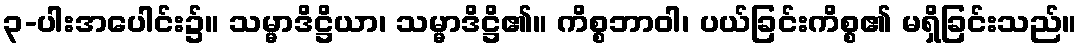
၃-ပါးအပေါင်း၌။ သမ္မာဒိဋ္ဌိယာ၊ သမ္မာဒိဋ္ဌိ၏။ ကိစ္စဘာဝါ၊ ပယ်ခြင်းကိစ္စ၏ မရှိခြင်းသည်။